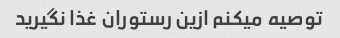
توصیه میکنم ازین رستوران غذا نگیرید